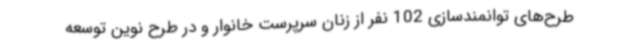
طرح‌های توانمندسازی 102 نفر از زنان سرپرست خانوار و در طرح نوین توسعه